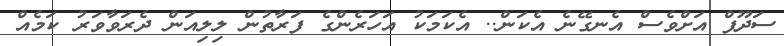
ސަދޫފް އަށްވެސް އެނގޭނެ އެކަން.. އެކަމަކު އަހަރެންގެ ފަރާތުން ލިލިއަން ދެރަވާވަރު ކަމެއް